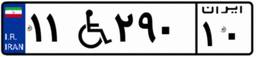
۱۱W۲۹۰۱۰